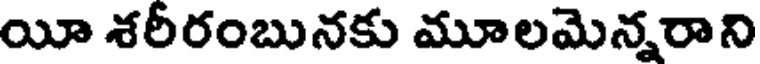
యీ శరీరంబునకు మూలమెన్నరాని